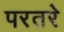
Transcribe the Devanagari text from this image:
परतरे